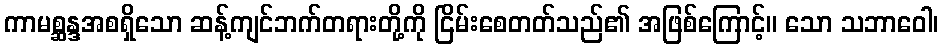
ကာမစ္ဆန္ဒအစရှိသော ဆန့်ကျင်ဘက်တရားတို့ကို ငြိမ်းစေတတ်သည်၏ အဖြစ်ကြောင့်။ သော သဘာဝေါ၊